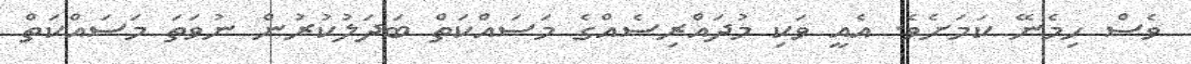
ވެސް ހިމެނޭ ކަމަށެވެ. އެއީ ވަކި މުދައްރިސެއްގެ މަސައްކަތް ބަދަލުކުރުން ނުވަތަ މަސައްކަތް